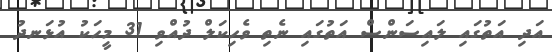
އަދި އަތުގައި ލައިސަންސް އަތުގައި ނެތި ވެހިކަލް ދުއްވި 31 މީހަކު އުޅަނދު